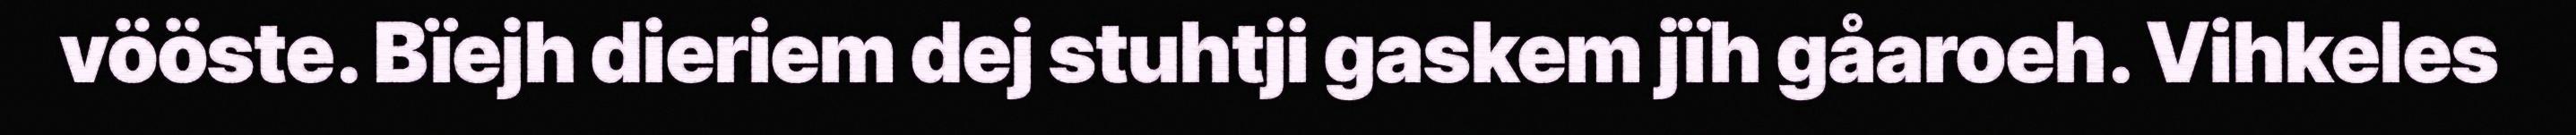
vööste. Bïejh dieriem dej stuhtji gaskem jïh gåaroeh. Vihkeles